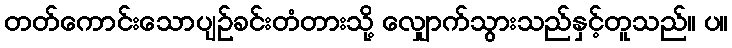
တတ်ကောင်းသောပျဉ်ခင်းတံတားသို့ လျှောက်သွားသည်နှင့်တူသည်။ ပ။